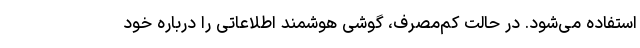
استفاده می‌شود. در حالت کم‌مصرف، گوشی هوشمند اطلاعاتی را درباره خود